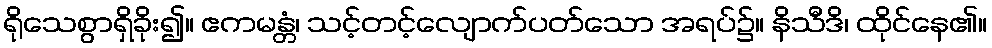
ရိုသေစွာရှိခိုး၍။ ဧကမန္တံ၊ သင့်တင့်လျောက်ပတ်သော အရပ်၌။ နိသီဒိ၊ ထိုင်နေ၏။